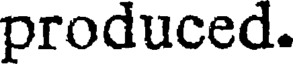
produced.